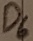
Text: D6